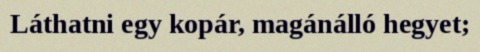
Láthatni egy kopár, magánálló hegyet;